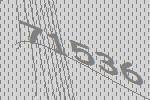
71536